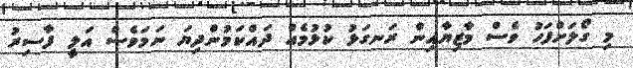
މި ގޯލަށްފަހު ވެސް މާޒިޔާއިން ރަނގަޅު ކުޅުމެއް ދައްކަމުންދިޔަ ނަމަވެސް އަލީ ފާސިރު